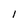
Character: I